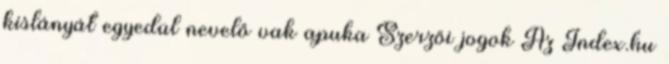
kislányát egyedül nevelő vak apuka Szerzői jogok Az Index.hu